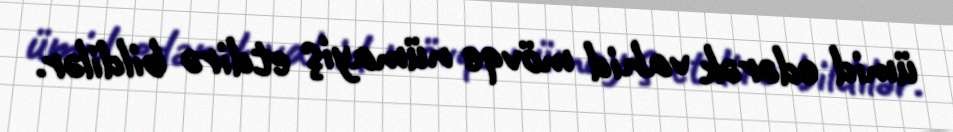
ümid edərək vahid mövqe nümayiş etdirə bildilər.